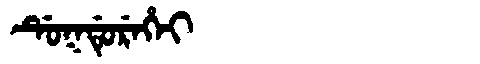
Manchu: ᡩᡠᡴᡩᡠᡵᡝᡥᡝᡳ
Romanization: DUKDUREHEI